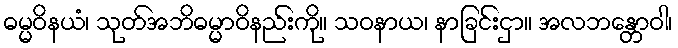
ဓမ္မဝိနယံ၊ သုတ်အဘိဓမ္မာဝိနည်းကို။ သဝနာယ၊ နာခြင်းငှာ။ အလဘန္တောဝါ၊